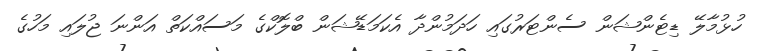
ހުޅުމާލޭ ޑިޓެންޝަން ސެންޓަރުގައި ހަދަމުންދާ އެކަމަޑޭޝަން ބްލޮކްގެ މަސައްކަތް އަންނަ ޖުލައި މަހުގެ